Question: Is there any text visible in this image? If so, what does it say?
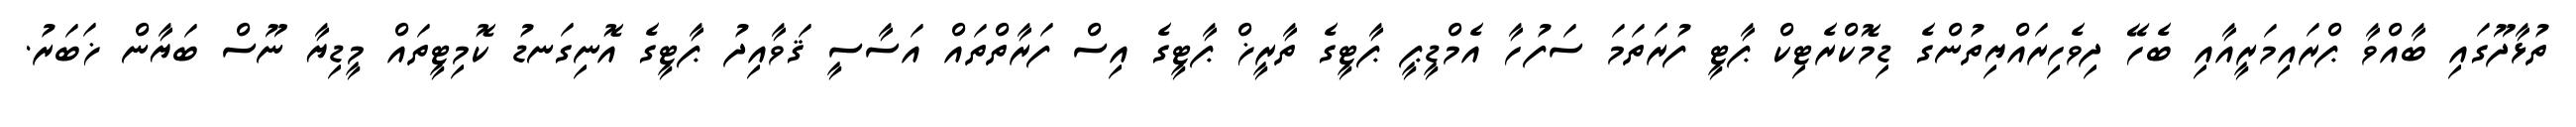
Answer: ތުޅާދޫގައި ބާއްވާ ޕްރައިމަރީއާއި ބެހޭ ދިވެހިރައްޔިތުންގެ ޑިމޮކްރެޓިކް ޕާޓީ ފުރަތަމަ ސަފުހާ އެމްޑީޕީ ޕާޓީގެ ތާރީޚް ޕާޓީގެ އިސް ފަރާތްތައް އަސާސީ ޤަވާއިދު ޕާޓީގެ އޮނިގަނޑު ކޮމިޓީތައް މީޑިޔާ ނޫސް ބަޔާން ޚަބަރު.